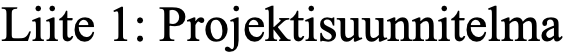
Liite 1: Projektisuunnitelma